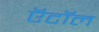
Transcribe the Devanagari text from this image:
ऍटॉल